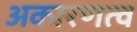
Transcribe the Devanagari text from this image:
अकारणत्व